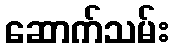
ဆောက်သမ်း